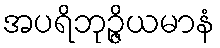
အပရိဘုဉ္ဇိယမာနံ